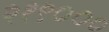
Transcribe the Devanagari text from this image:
२१९०००